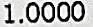
1.0000